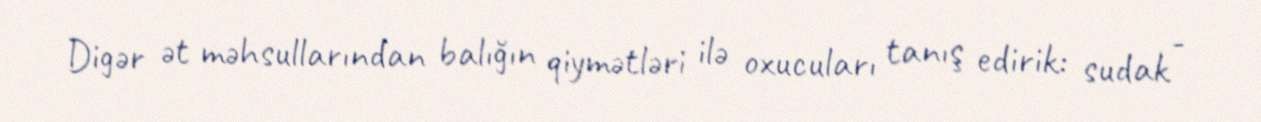
Digər ət məhsullarından balığın qiymətləri ilə oxucuları tanış edirik: sudak -